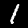
Digit: 1